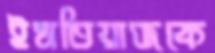
ইমতিয়াজকে